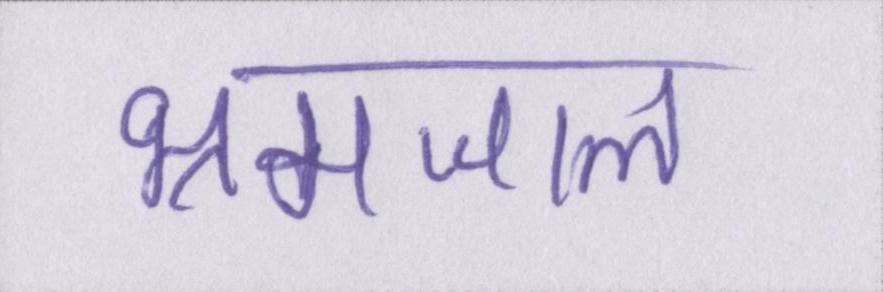
भ्रमजाल